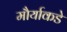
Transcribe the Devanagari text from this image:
मौर्याकडे